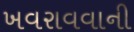
ખવરાવવાની